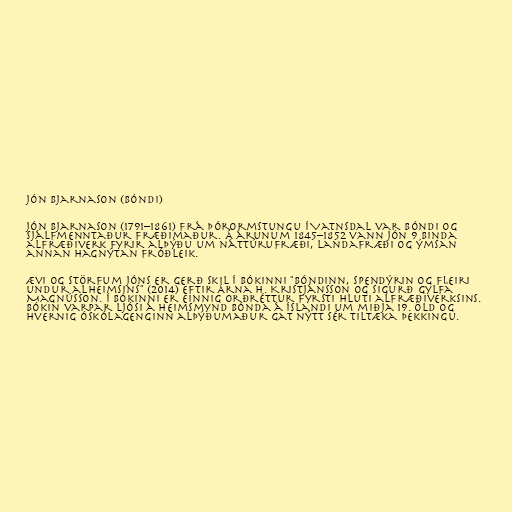
Jón Bjarnason (bóndi)

Jón Bjarnason (1791–1861) frá Þórormstungu í Vatnsdal var bóndi og
sjálfmenntaður fræðimaður. Á árunum 1845–1852 vann Jón 9 binda
alfræðiverk fyrir alþýðu um náttúrufræði, landafræði og ýmsan
annan hagnýtan fróðleik.

Ævi og störfum Jóns er gerð skil í bókinni "Bóndinn, spendýrin og fleiri
undur alheimsins" (2014) eftir Árna H. Kristjánsson og Sigurð Gylfa
Magnússon. Í bókinni er einnig orðréttur fyrsti hluti alfræðiverksins.
Bókin varpar ljósi á heimsmynd bónda á Íslandi um miðja 19. öld og
hvernig óskólagenginn alþýðumaður gat nýtt sér tiltæka þekkingu.